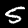
Label: 5